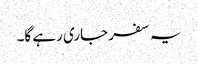
یہ سفر جاری رہے گا۔